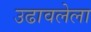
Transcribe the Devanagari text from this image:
उढावलेला